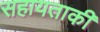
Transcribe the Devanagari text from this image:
सहायताकी